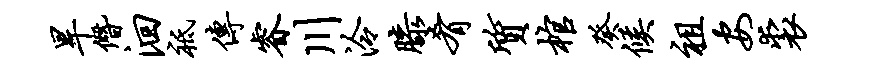
旱僭洄祗传睿川泠膝肴质棺癸候祖安裘